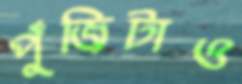
পুঁজিটাও